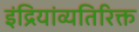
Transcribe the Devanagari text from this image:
इंद्रियांव्यतिरिक्त